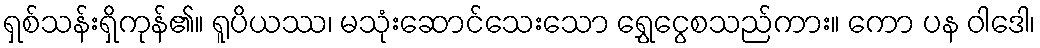
ရှစ်သန်းရှိကုန်၏။ ရူပိယဿ၊ မသုံးဆောင်သေးသော ရွှေငွေစသည်ကား။ ကော ပန ဝါဒေါ၊